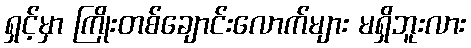
ရှင့်မှာ ကြိုးတစ်ချောင်းလောက်များ မရှိဘူးလား